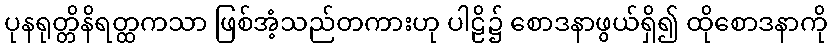
ပုနရုတ္တိနိရတ္ထကသာ ဖြစ်အံ့သည်တကားဟု ပါဠိ၌ စောဒနာဖွယ်ရှိ၍ ထိုစောဒနာကို